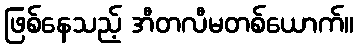
ဖြစ်နေသည့် အီတလီမတစ်ယောက်။